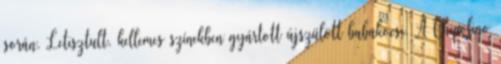
során. Letisztult, kellemes színekben gyártott újszülött babakocsi. A Chipolino